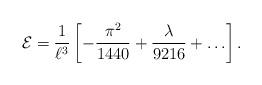
LaTeX: \begin{align*}{\cal E}=\frac{1}{\ell^3}\left[-\frac{\pi^2}{1440}+\frac{\lambda}{9216}+\ldots\right].\end{align*}